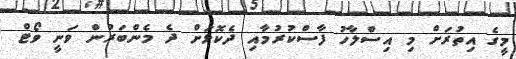
މީގެ އިތުރަށް މި އިސްލާހު ފާސްކުރުމާއި ދެކޮޅަށް ދެ މެންބަރުން ވަނީ ވޯޓް